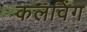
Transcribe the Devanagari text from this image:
कलविंग